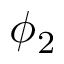
\phi _ { 2 }